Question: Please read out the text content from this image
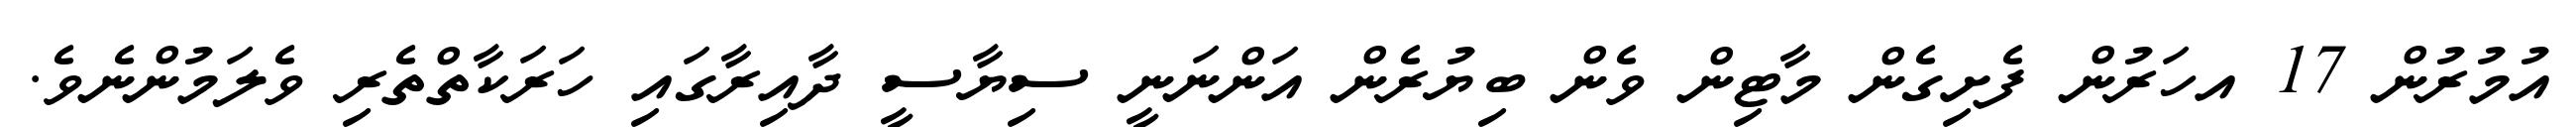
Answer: އުމުރުން 17 އހަރުން ފެށިގެން މާޓިން ވެން ބިޔުރެން އަންނަނީ ސިޔާސީ ދާއިރާގައި ހަރަކާތްތެރި ވެލަމުންނެވެ.